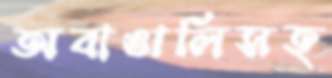
অবাঙালিসহ